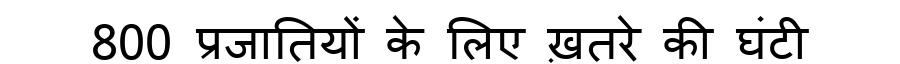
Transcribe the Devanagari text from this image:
800 प्रजातियों के लिए ख़तरे की घंटी